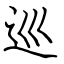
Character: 巡